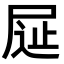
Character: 𡱦